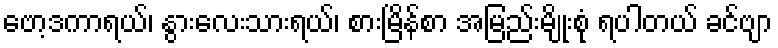
ဗော့ဒကာရယ်၊ နွားလေးသားရယ်၊ စားမြိန်စာ အမြည်းမျိုးစုံ ရပါတယ် ခင်ဗျာ